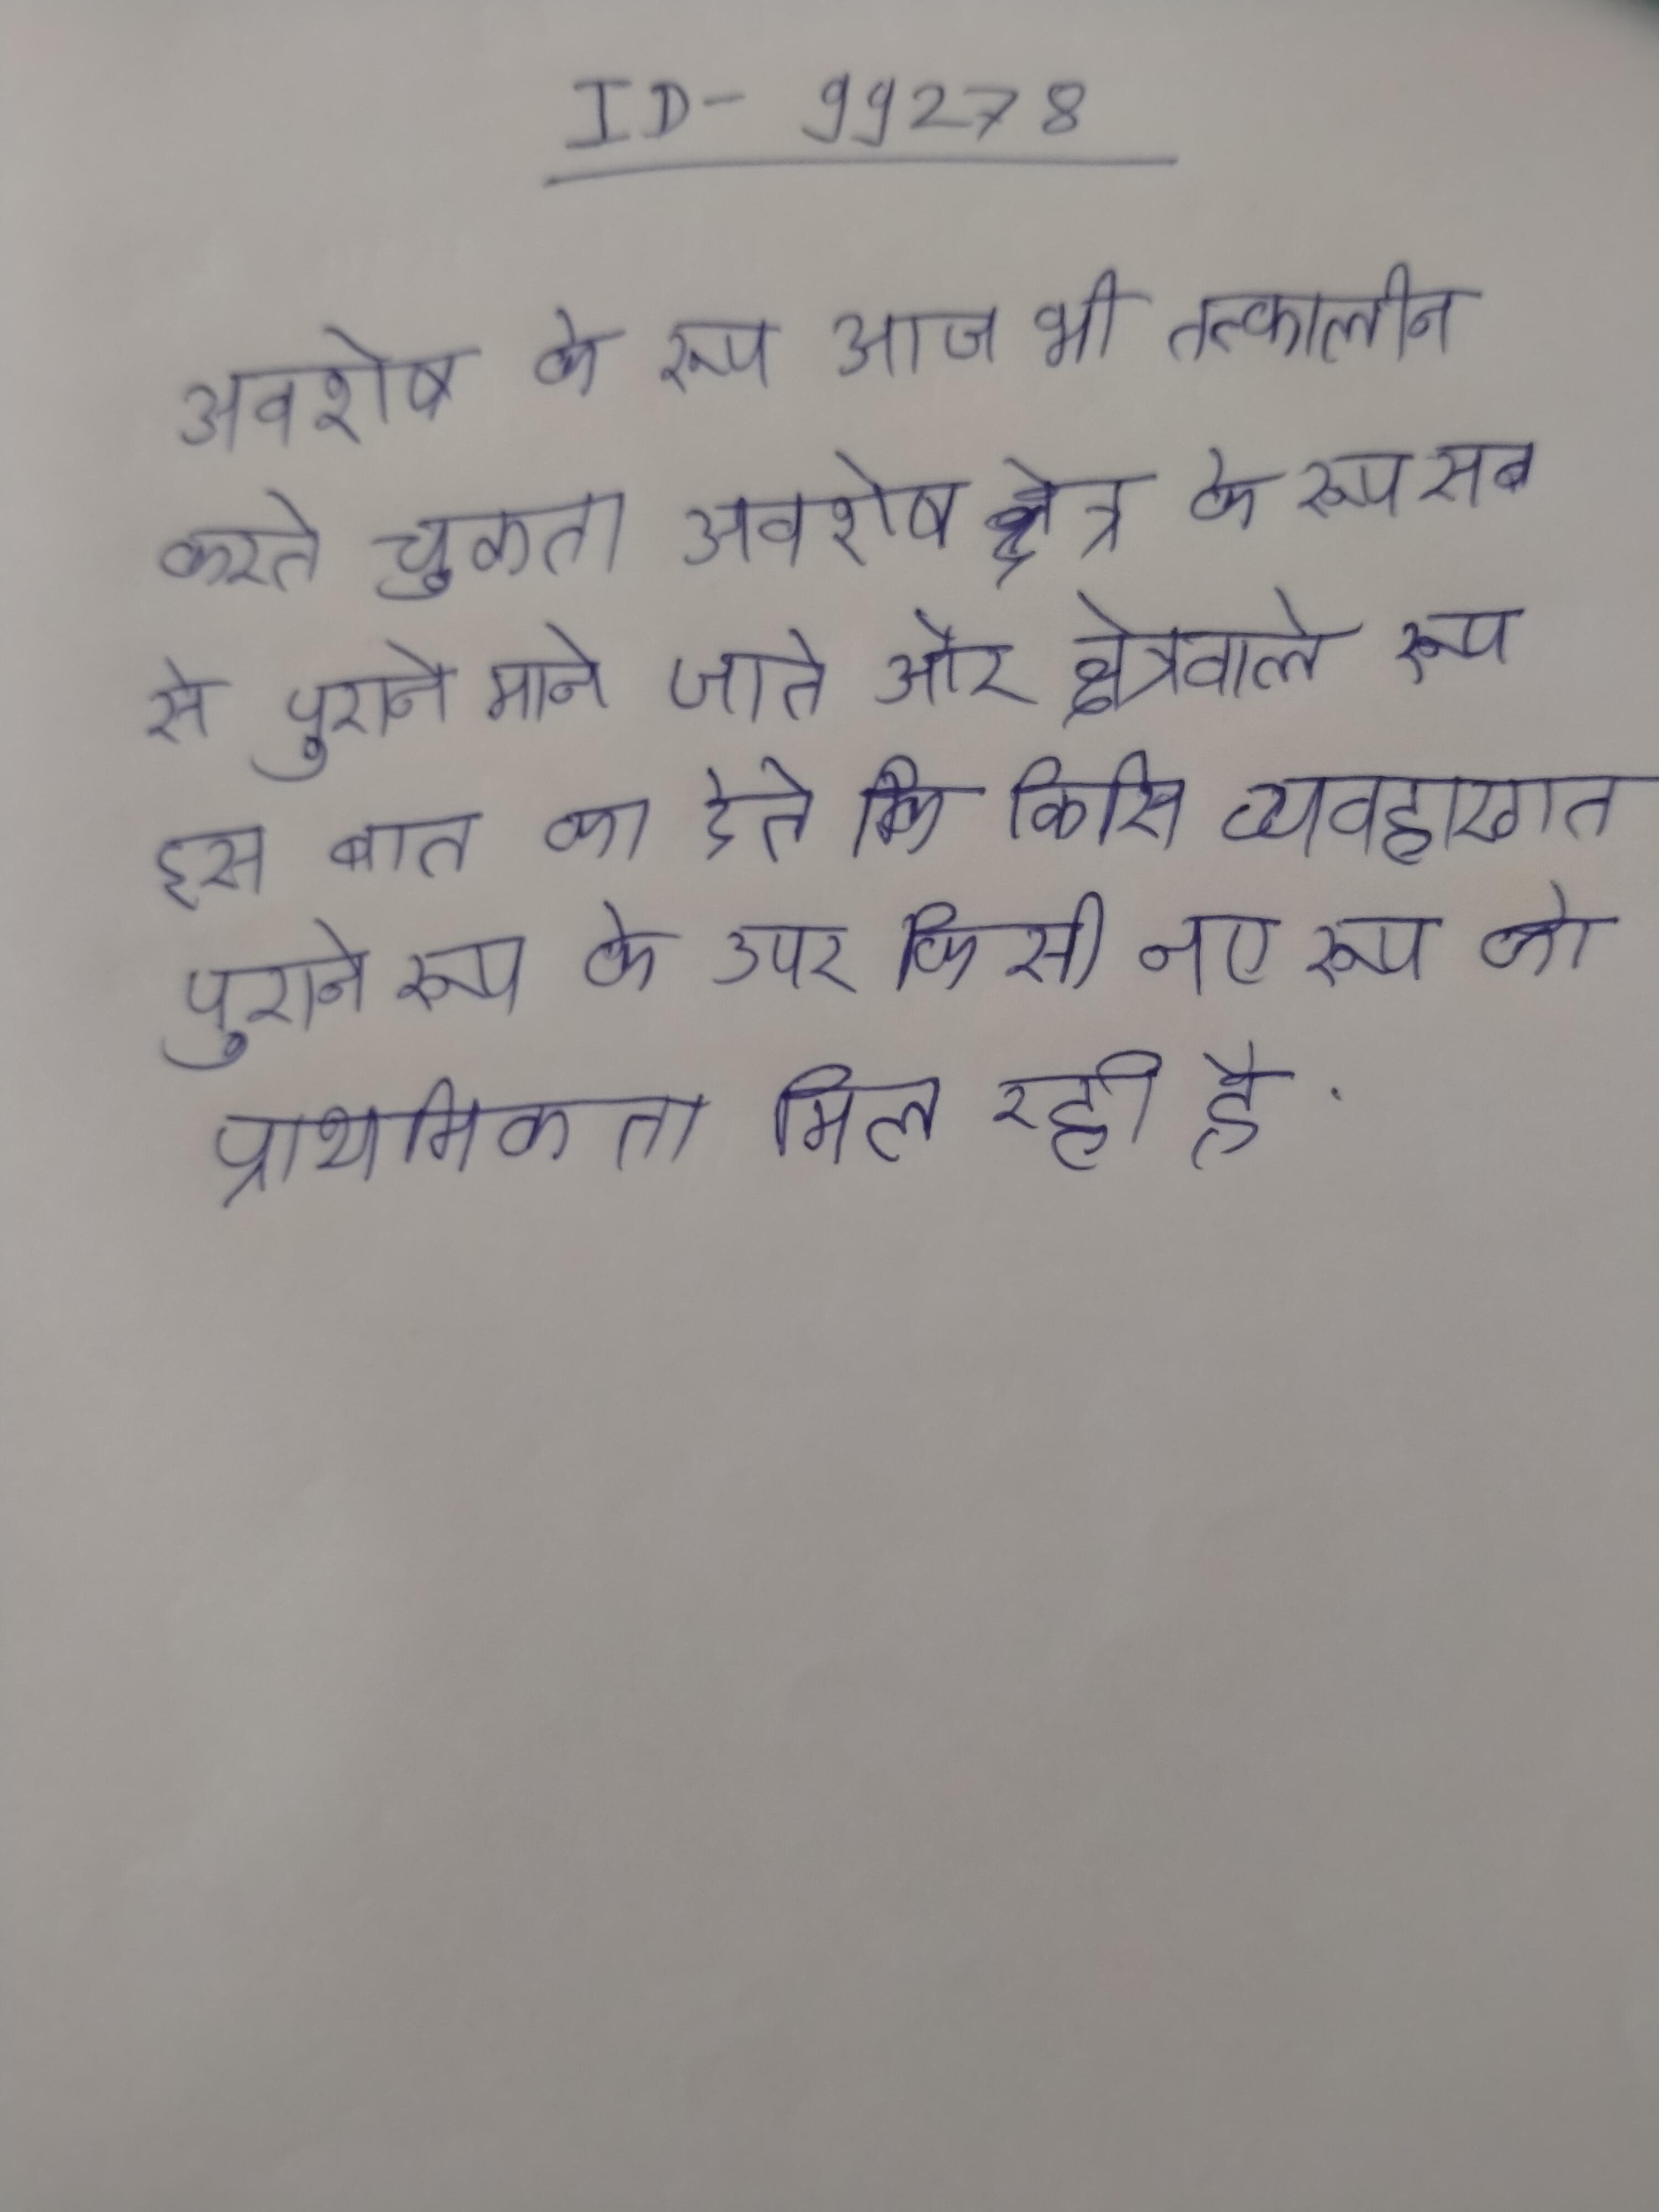
अवशेष के रूप आज भी तत्कालीन करते चूकता । अवशेष क्षेत्र के रूप सब से पुराने माने जाते और क्षेत्रवाले रूप इस बात का देते कि किसी व्यवहारगत पुराने रूप के ऊपर किसी नए रूप को प्राथमिकता मिल रही है ।